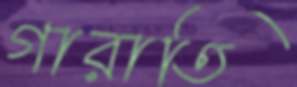
গারাতি